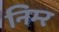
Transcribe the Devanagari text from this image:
निम्‍र